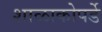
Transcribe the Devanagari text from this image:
शाळाकोपर्डे